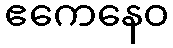
ဧကေနေဝ